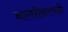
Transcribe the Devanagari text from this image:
नागरीकरणाने